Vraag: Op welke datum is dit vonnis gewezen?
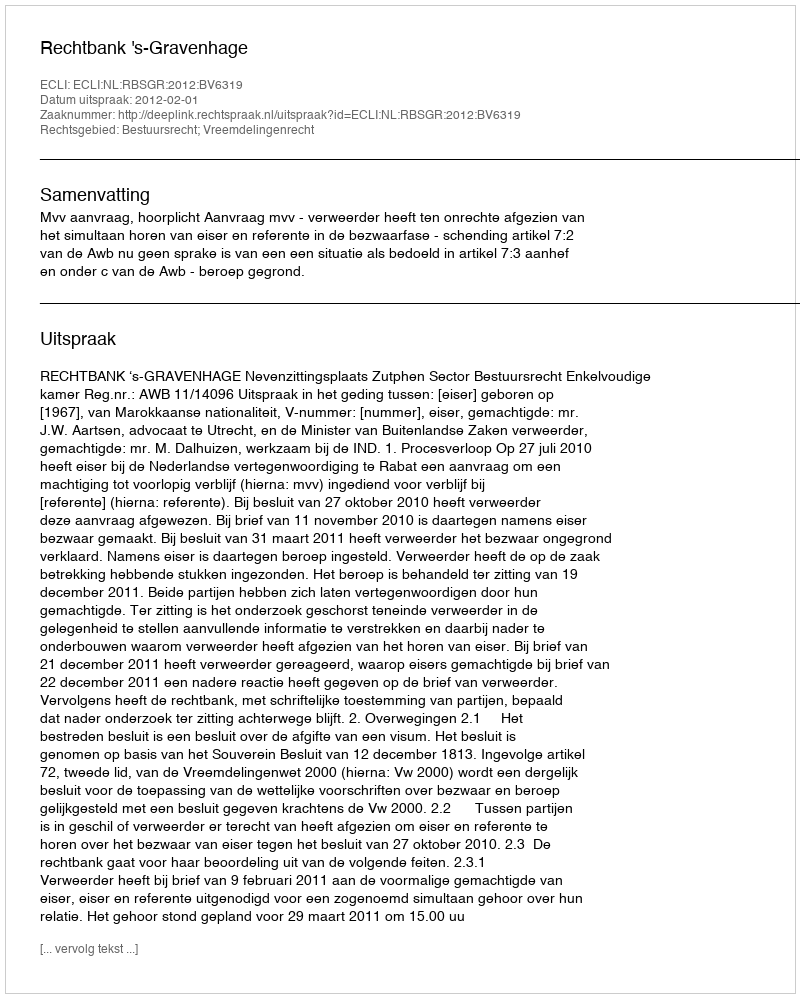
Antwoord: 2012-02-01